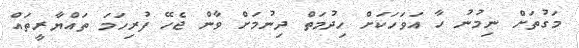
މަގުތަށް ނިމުނު ހާ އަވަހަކަށް ހިދުމަތް ދިނުމަށް ވާން ޖެހޭ ފުރިހަމަ ތައްޔާރީތައް